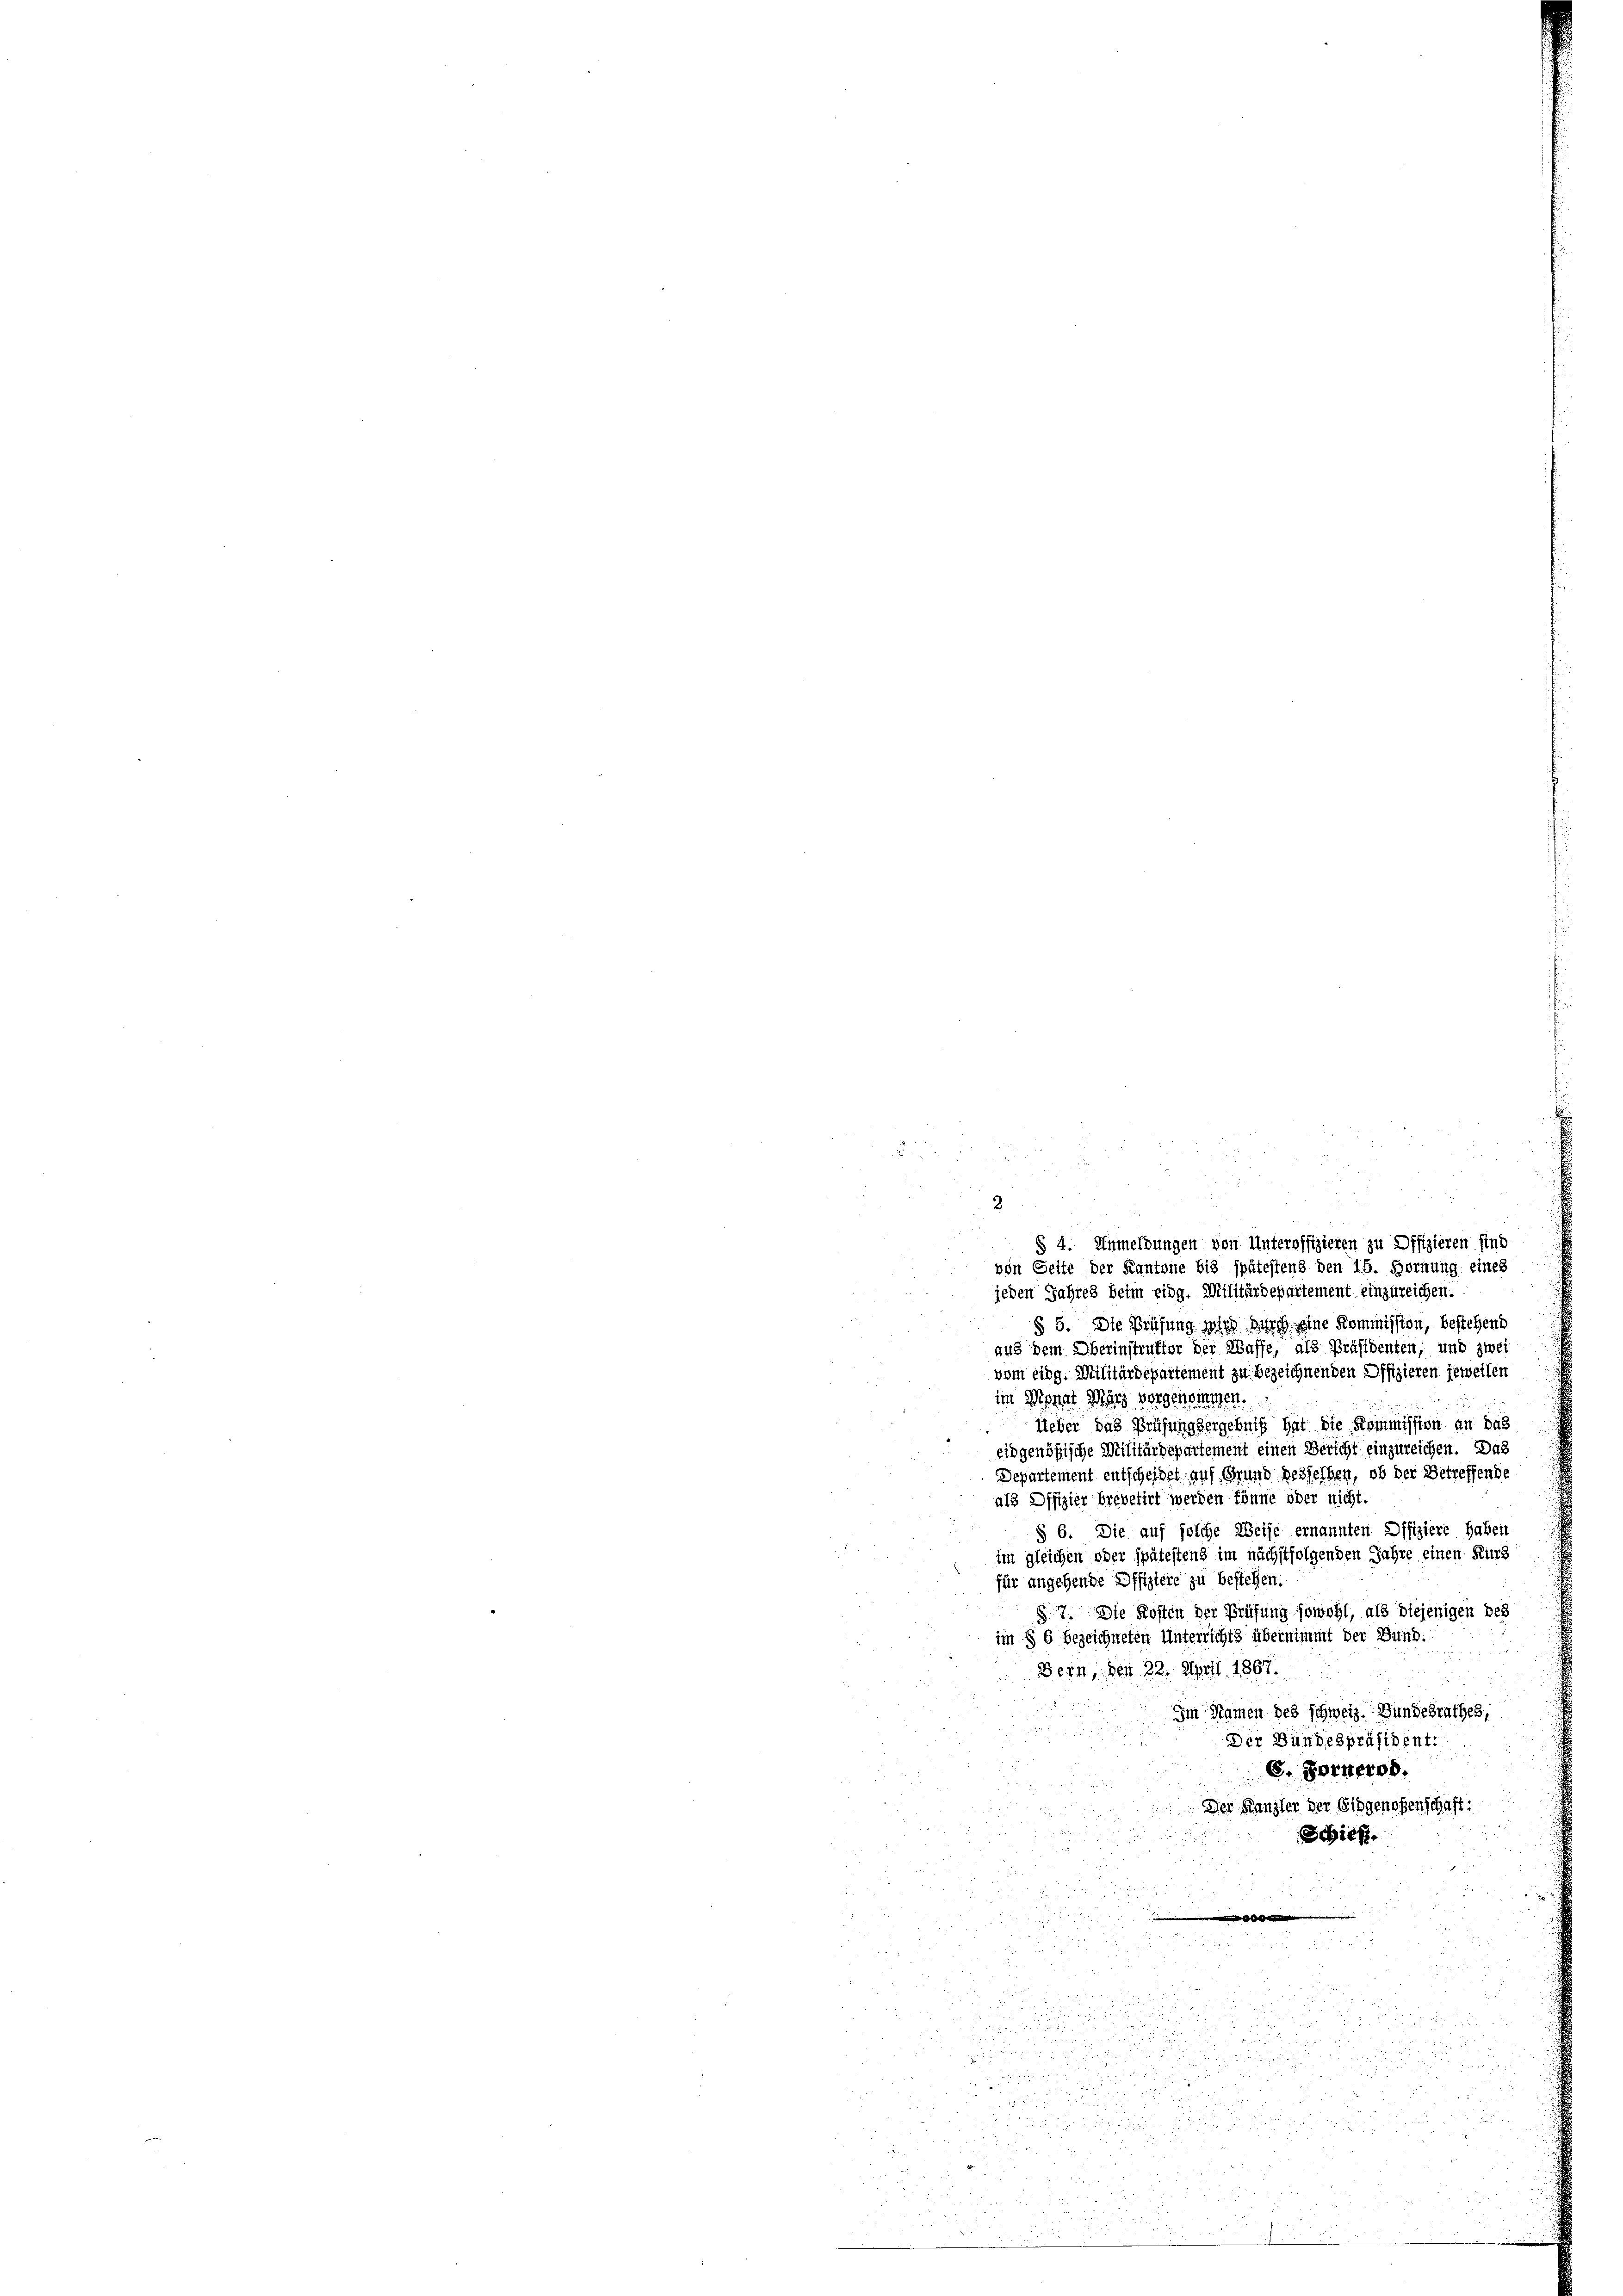
jeden Jahres beim eidg. Militärdepartement einzureichen.
§ 5. Die Prüfung wird durch eine Kommission, bestehend
aus dem Oberinstruktor der Waffe, als Präsidenten, und zwei
vom eidg. Militärdepartement zu bezeichnenden Offizieren jeweilen
im Monat März vorgenommen.
z
lieber das Prüfungsergebniß hat die Kommission an das
eidgenößische Militärdepartement einen Bericht einzureichen. Das
Departement entscheidet auf Grund besselben, ob der Betreffende
als Offizier brevetirt werden könne oder nicht.
§ 6. Die auf solche Weise ernannten Difiziere haben
im gleichen oder spätestens im nächstfolgenden Jahre einen Kurz
für angehende Offiziere zu bestehen.
87. Die Kosten der Prüfung sowohl, als diejenigen des
im § 6 bezeichneten Unterrichts übernimmt der Bund.
Dein, den 22. April 1867.

Im Namen des schweiz. Bundesrathes,
Der Bundespräsident.
S. Fornerod.
Der Kanzler der Eidgenoßenschaft:
Schief

2
.
§ 4. Anmeldungen von Unteroffizieren zu Offizieren sind
von Seite der Kantone bis spätestens den 15. Hornung eines